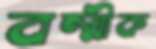
বল্মীক